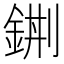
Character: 𨦿